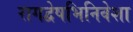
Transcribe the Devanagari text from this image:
रागद्वेषभिनिवेशा